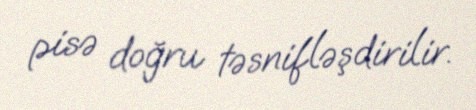
pisə doğru təsnifləşdirilir.